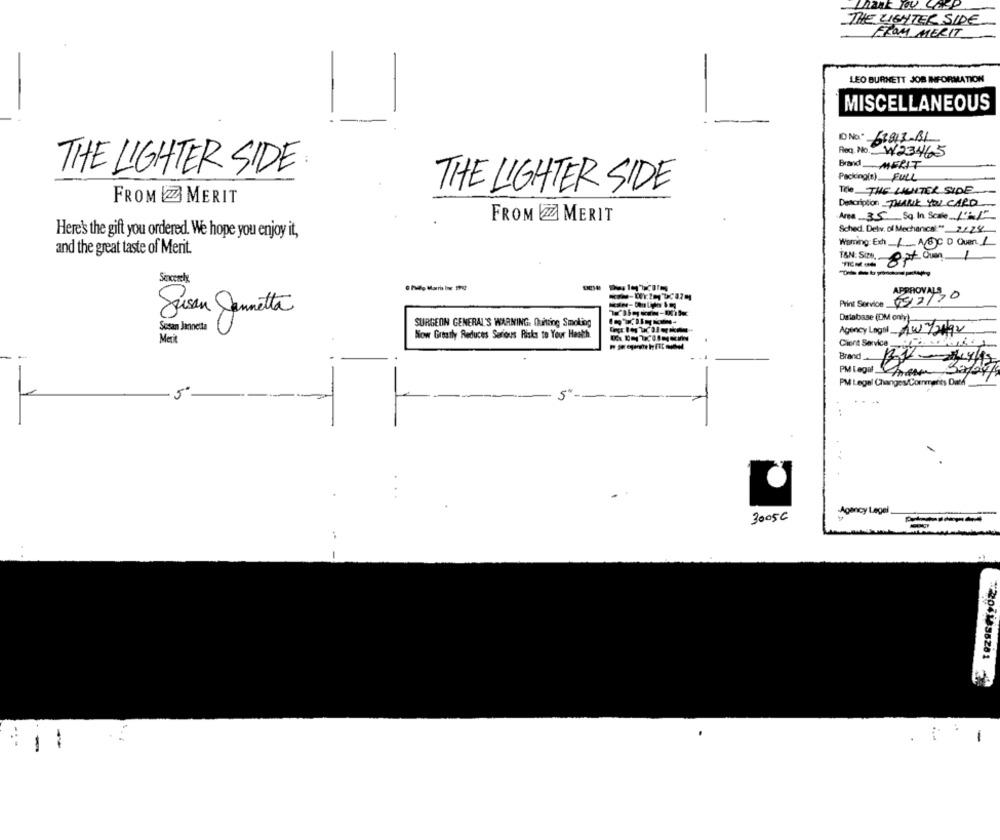
Lnank Toy
THE LIGHTER SIDE
FROM MERIT
LEO BURNETT JOB INFORMATION
MISCELLANEOUS
ID No.º 52813-31
Req. No. W23465
Brand MERIT
THE LIGHTER SIDE:
Packing(s) FULL
THE LIGHTER SIDE
The THE LIGHTER SIDE
FROM IZZ MERIT
Description THANK YOU CARD
FROM ZZ MERIT
Area 35 Sq. In Scale 195
Here's the gift you ordered. We hope you enjoy it,
Sched. Delv. of Mechanical" 2124
Wisming: Exh / A/BC D Ovan. 1
and the great taste of Merit.
T&N: Size ..
8pt ou
1
-----
Sexcerety.
APPROVALS
Print Service
652/70
Susan Cannetta
Database (DM only)
Susan Jennette
SURGEON GENERAL'S WARNING. Quitting Smoking
Agency Lagal WY2492
Merit
Now Greatly Reduces Sadous Risks to Your Health
Client Service_
Brand
PM Legal Sar Salat
PM Legal Changes/Cornmerits Datd
Agency Legel
3005C
:
1
22041836281